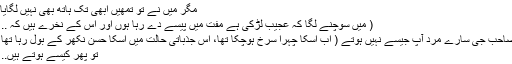
مگر میں نے تو تمھیں ابھی تک ہاتھ بھی نہیں لگایا..
( میں سوچنے لگا کہ عجیب لڑکی ہے مفت میں پیسے دے رہا ہوں اور اس کے نخرے ہیں کہ .. )
صاحب جی سارے مرد آپ جیسے نہیں ہوتے ( اب اسکا چہرا سرخ ہوچکا تھا، اس جذباتی حالت میں اسکا حسن نکھر کے بول رہا تھا )
تو پھر کیسے ہوتے ہیں.. ؟